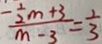
\frac { - \frac { 1 } { 2 } m + 3 } { m - 3 } = \frac { 1 } { 3 }